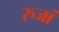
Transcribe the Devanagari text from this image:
रुजां